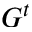
G ^ { t }